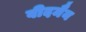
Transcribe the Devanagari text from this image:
वीदमैन